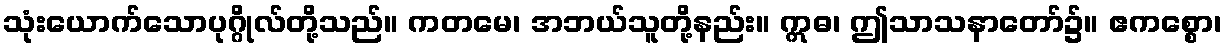
သုံးယောက်သောပုဂ္ဂိုလ်တို့သည်။ ကတမေ၊ အဘယ်သူတို့နည်း။ ဣဓ၊ ဤသာသနာတော်၌။ ဧကစ္စော၊